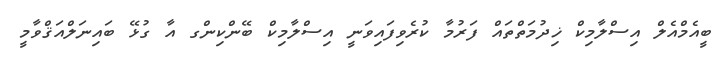
ބީއެމްއެލް އިސްލާމިކް ޚިދުމަތްތައް ފަރުމާ ކުރެވިފައިވަނީ އިސްލާމިކް ބޭންކިންގ އާ ގުޅޭ ބައިނަލްއަޤްވާމީ